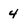
Character: 4